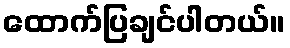
ထောက်ပြချင်ပါတယ်။